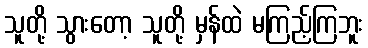
သူတို့ သွားတော့ သူတို့ မှန်ထဲ မကြည့်ကြဘူး